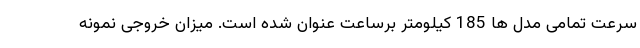
سرعت تمامی مدل ها 185 کیلومتر برساعت عنوان شده است. میزان خروجی نمونه